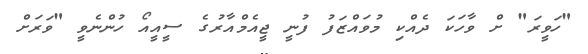
"ހަވީރަ" ށް ވާހަކަ ދެއްކި މުވައްޒަފު ފުނީ ޖީއެމްއާރުގެ ސީއީއޯ ހުންނެވީ "ވަރަށް